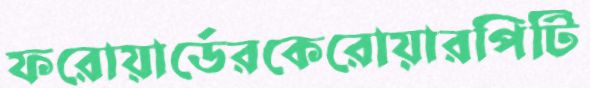
ফরোয়ার্ডেরকেরোয়ারপিটি